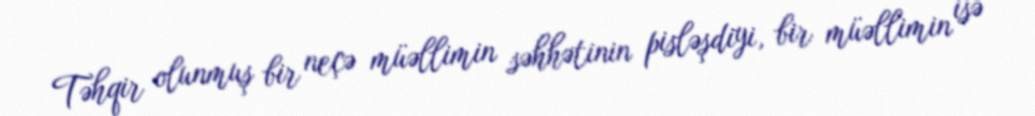
Təhqir olunmuş bir neçə müəllimin səhhətinin pisləşdiyi, bir müəllimin isə